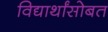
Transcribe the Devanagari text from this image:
विद्यार्थांसोबत